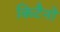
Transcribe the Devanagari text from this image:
किटैनो